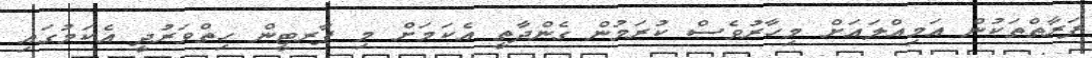
ފަރާތްތަކުން އަމިއްލައަށް މިހާރުވެސް ކުރަމުން ގެންދާތީ އެކަމަށް މި ޕާރޓީން ހިތްވަރުދީ އެކަމުގައި